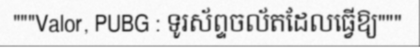
"""Valor, PUBG : ទូរស័ព្ទចល័តដែលធ្វើឱ្យ"""